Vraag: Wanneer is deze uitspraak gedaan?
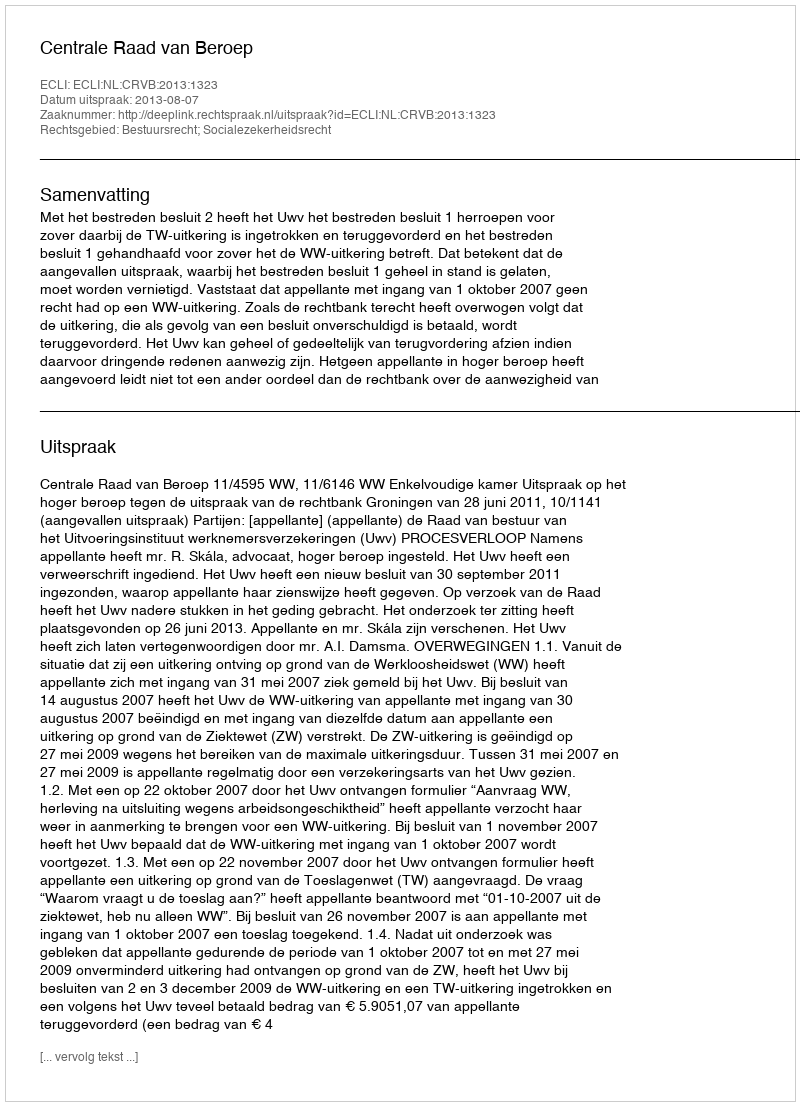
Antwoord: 2013-08-07